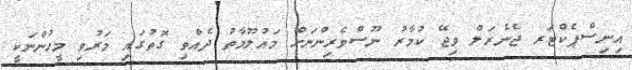
އިނިސްޕެކްޓަރ ޖެނެރަލް ވިޖޭ ކުމާރު ނޫސްވެރިންނަށް މައުލޫމާތު ދެއްވި ގޮތުގައި މަރުވި މީހުންނަކީ